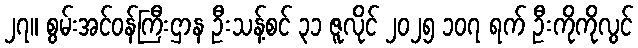
၂၇။ စွမ်းအင်ဝန်ကြီးဌာန ဦးသန့်စင် ၃၁ ဇူလိုင် ၂၀၂၅ ၁၀၇ ရက် ဦးကိုကိုလွင်